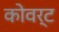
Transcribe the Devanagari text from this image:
कोवर्ट